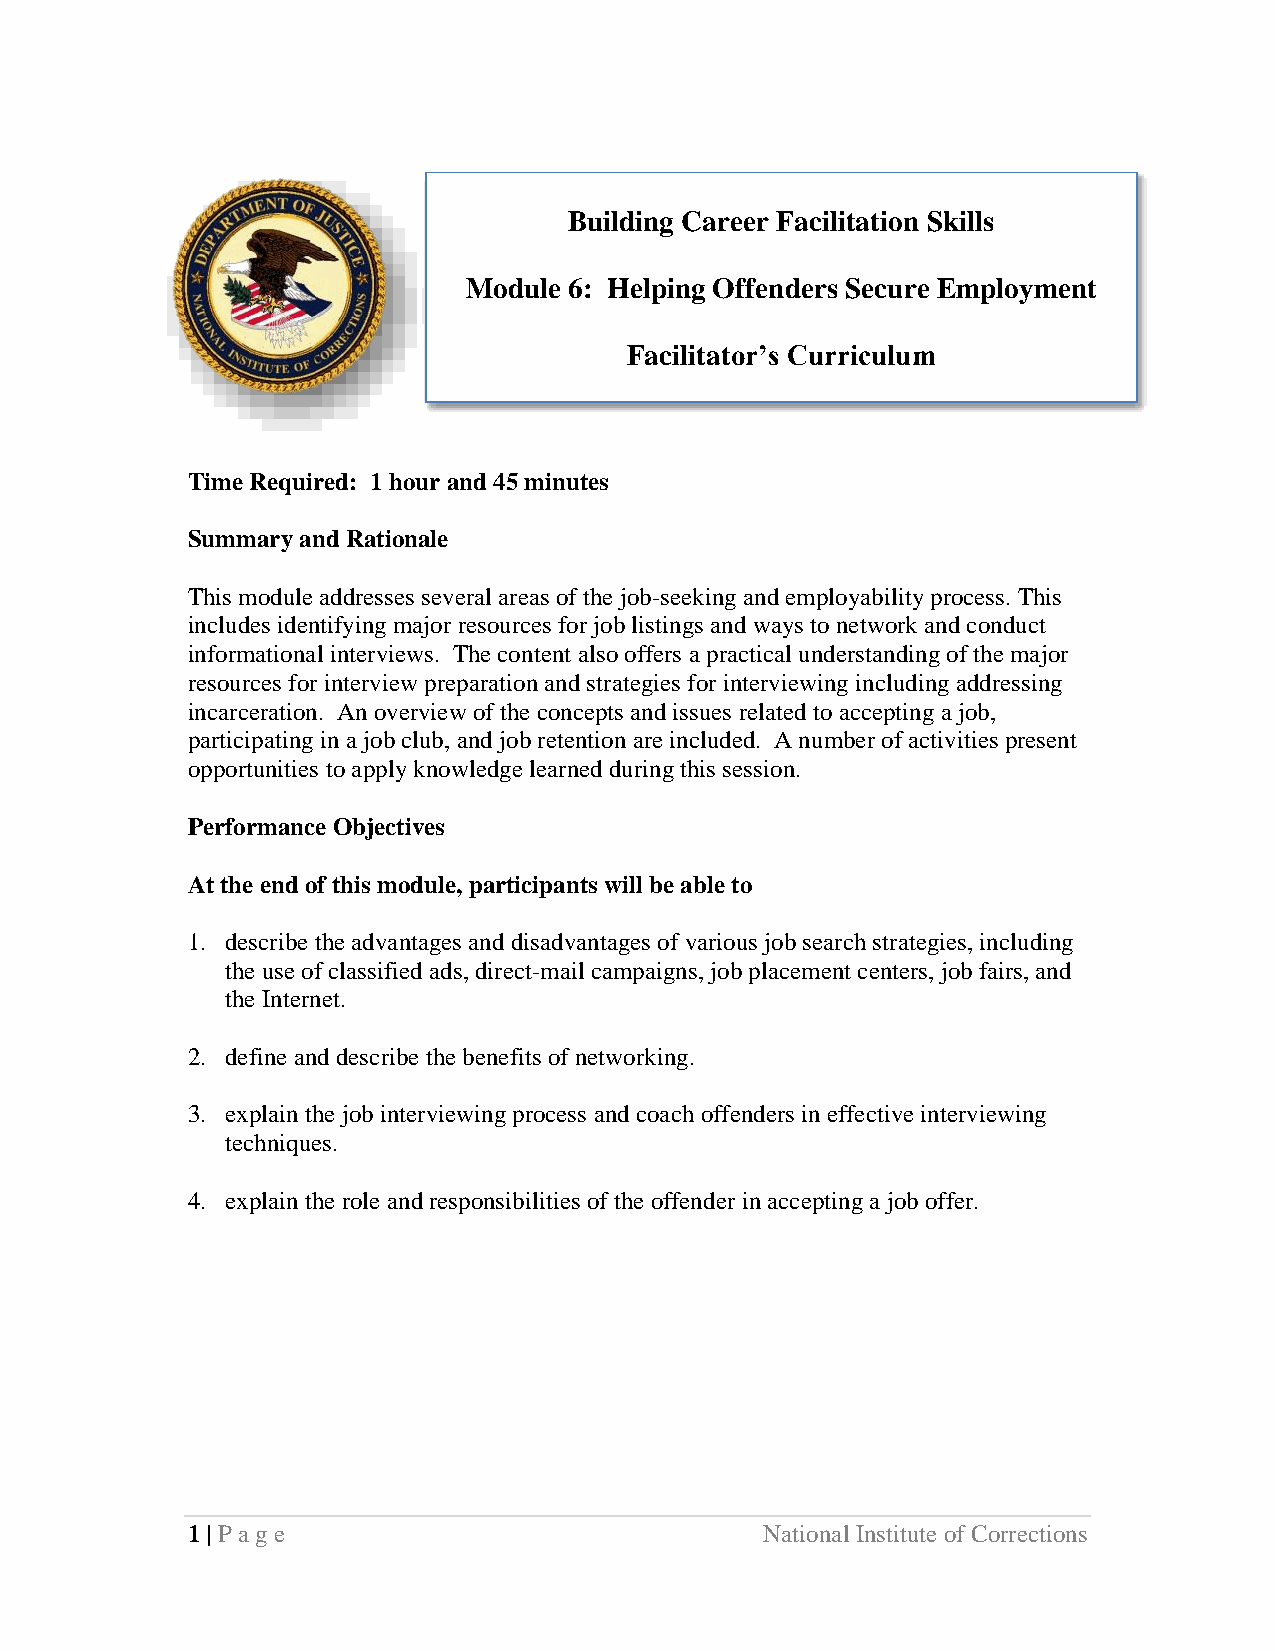
Building Career Facilitation Skills
 Module 6: Helping Offen ders Secure Employment
 Facilitator’s Curriculum
 Time Required: 1 hour and 45 minutes
 Summary and Rationale
 This module addresses several areas of the job-seeking and employability process. This
 includes identifying major resources for job listings and ways to network and conduct
 informational interviews. The content also offers a practical understanding of the major
 resources for interview preparation and strategies for interviewing including addressing
 incarceration. An overview of the concepts and issues related to accepting a job,
 participating in a job club, and job retention are included. A number of activities present
 opportunities to apply knowledge learned during this session.
 Performance Objectives
 At the end of this module, participants will be able to
 1. describe the advantages and disadvantages of various job search strategies, including
 the use of classified ads, direct-mail campaigns, job placement centers, job fairs, and
 the Internet.
 2. define and describe the benefits of networking.
 3. explain the job interviewing process and coach offenders in effective interviewing
 techniques.
 4. explain the role and responsibilities of the offender in accepting a job offer.
 1 | Page                               National Institute of Corrections